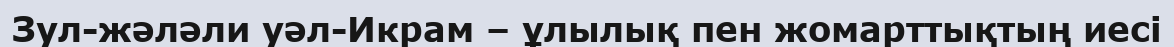
Зул-жәләли уәл-Икрам – ұлылық пен жомарттықтың иесі